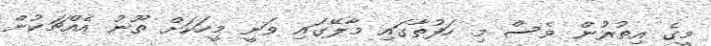
މީގެ އިތުރުން ވެސް މި ހަފުތާގައި މާލޭގައި ވަނީ މީހަކަށް ތޫނު އެއްޗަކުން